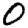
Digit: 0